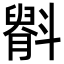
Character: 𫿷